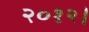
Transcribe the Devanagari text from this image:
२०१२।